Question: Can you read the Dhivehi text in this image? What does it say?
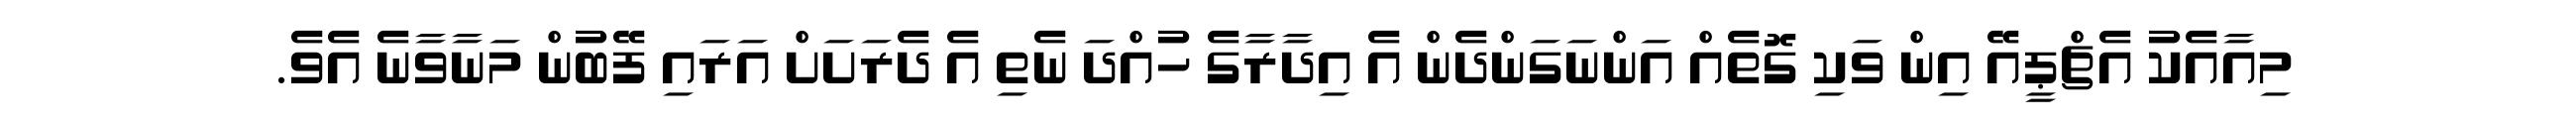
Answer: މިއާއެކު އެޗްޕީއޭ އިން ވަކި ގޮތެއް އަންނަގަންދެން އެ އިދާރާގެ ހުއްދަ ނެތި އެ ދެރަށަށް އަރައި ފޭބުން މަނާވާނެ އެވެ.